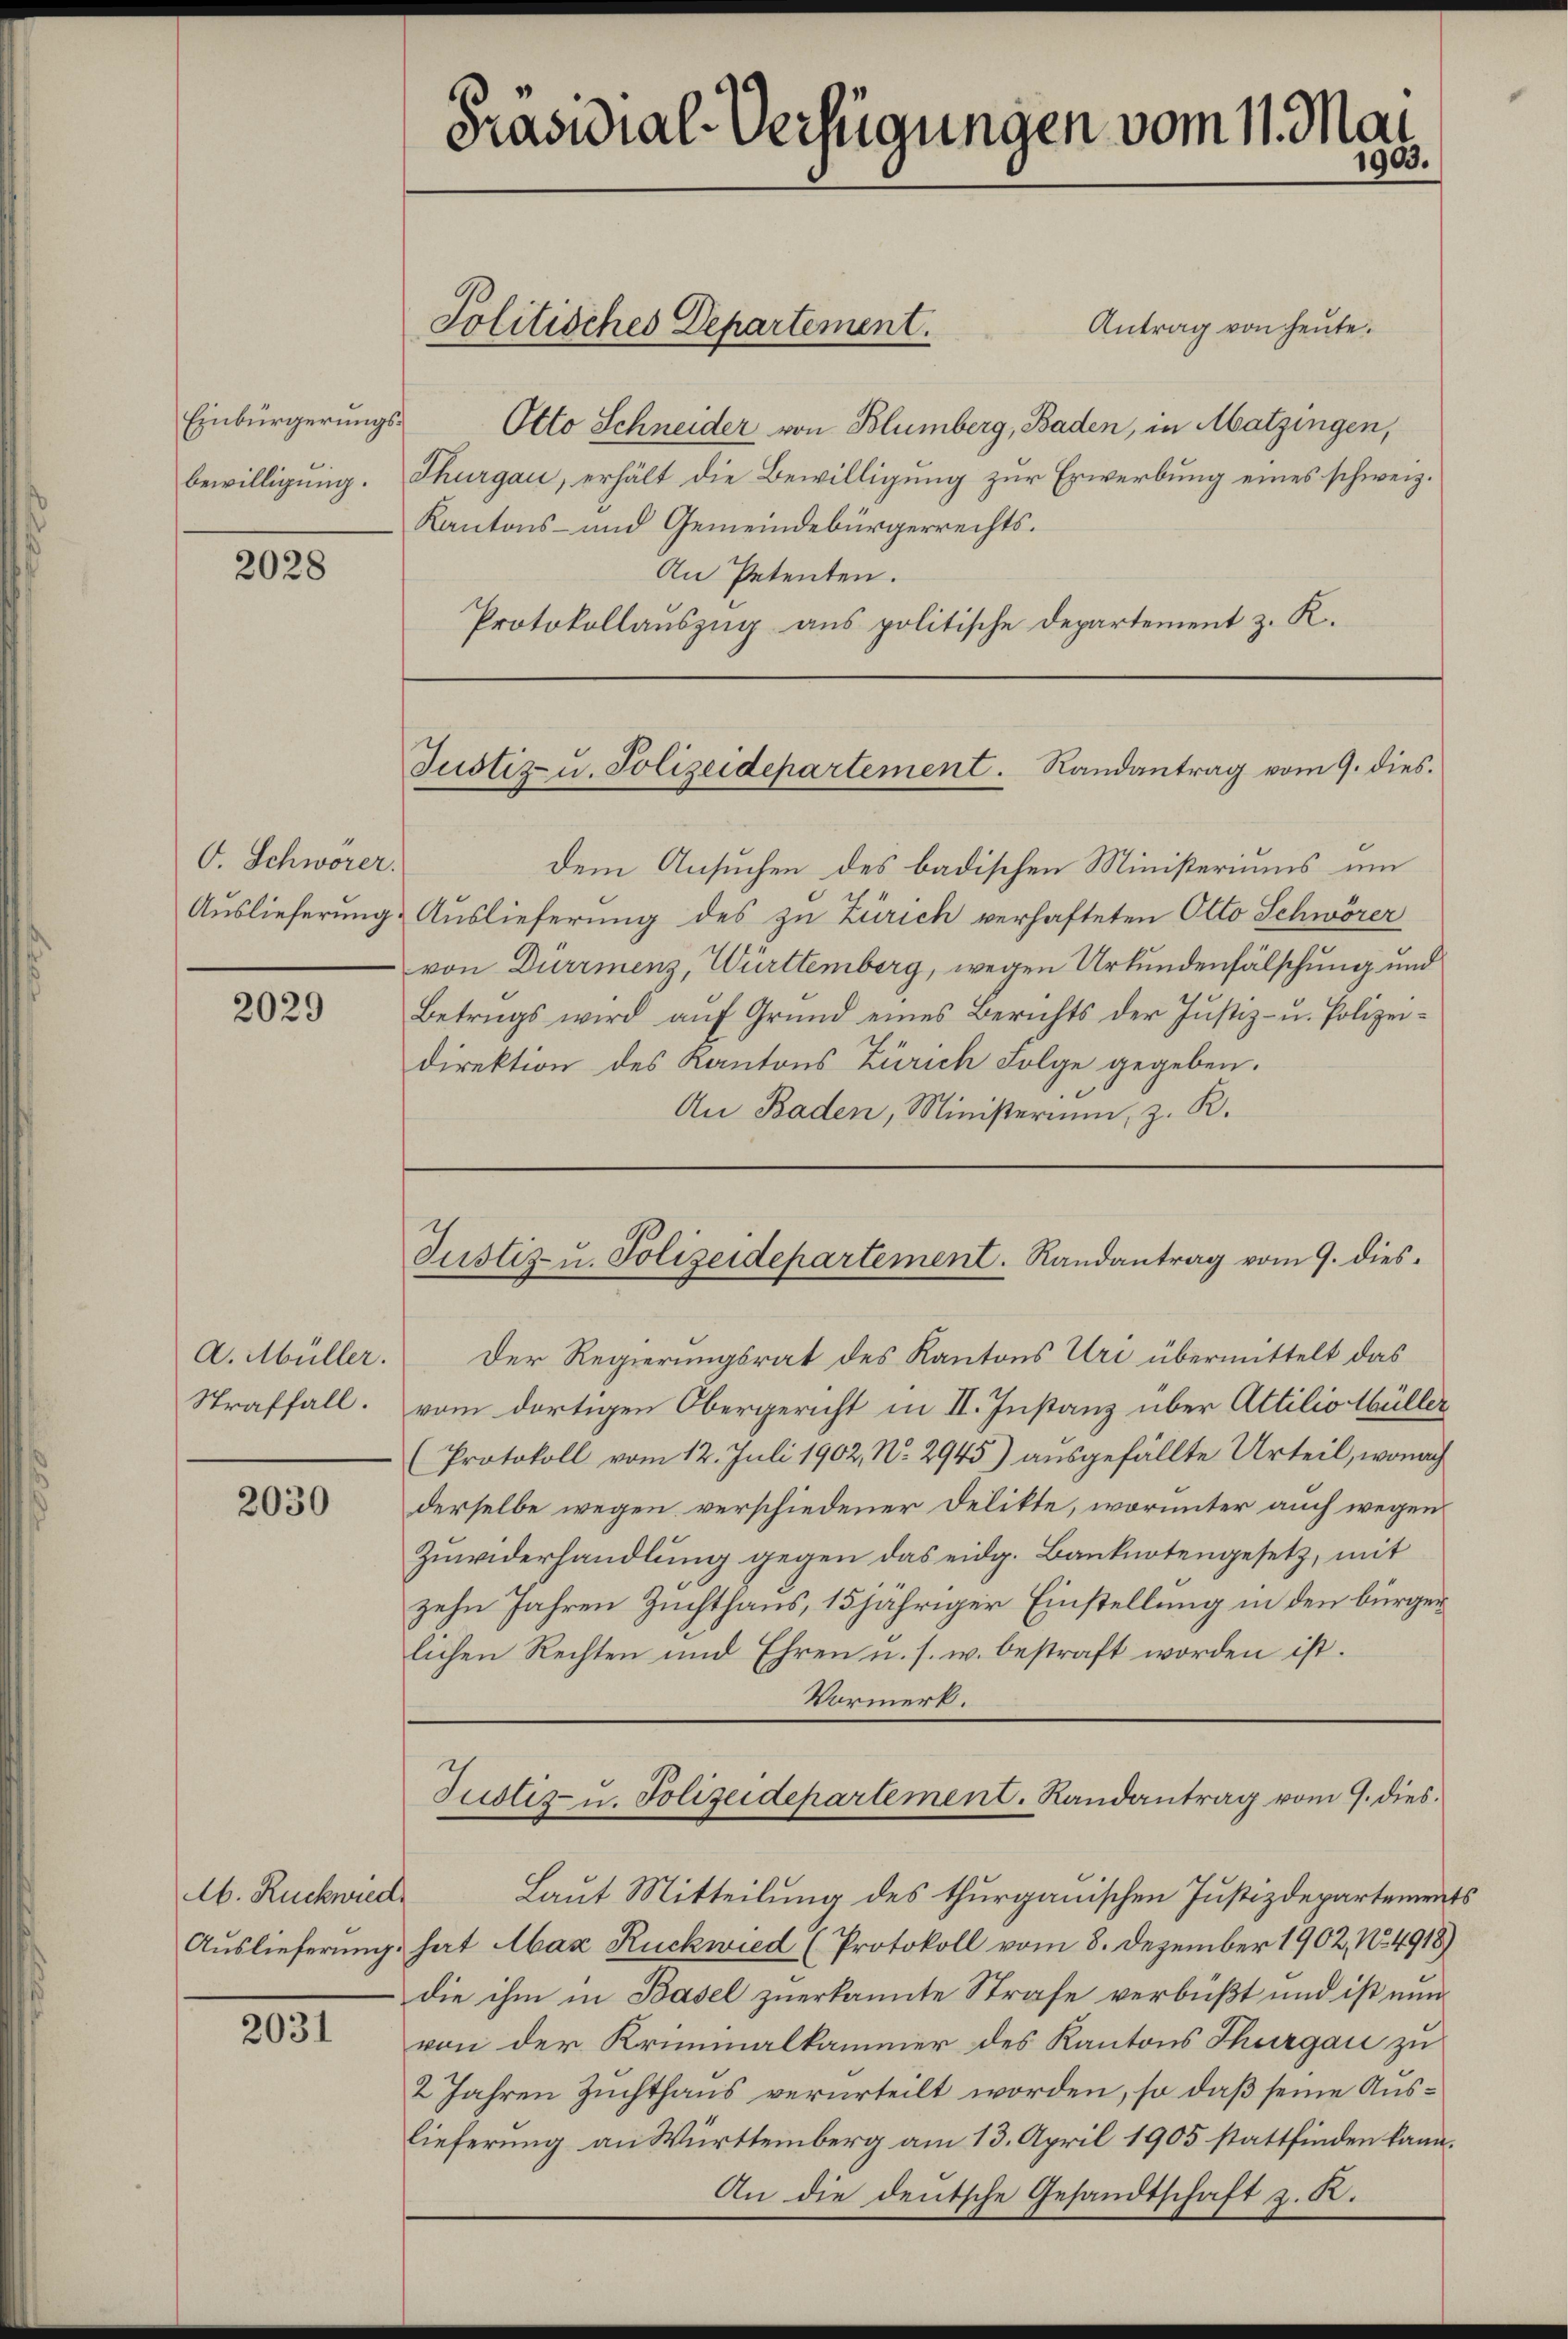
Einbürgerungs¬

2028

V. Schwörer.

2029

A. Müller.
Straffall.

2030

Ab. Rückwied

2031

Präsidial-Verfügungen vom 11. Mai
1903.

Antrag von heute.
Otto Schneider von Blümberg, Baden, in Matzingen,
bewilligung. Thurgau, erhält die Bewilligung zur Erwerbung eines schweiz.
Kantons- und Gemeindebürgerrechts¬
An Petenten.
Protokollauszug aus politische Departement z. K.

Politisches Departement.

Justiz- u. Polizeidepartement. Randantrag vom 9. dies

dem Ansuchen des badischen Ministeriums um
Auslieferung Auslieferung des zu Zürich verhafteten Otto Schwörer
von Durrienz, Württemberg, wegen Urkundenfälschung und
Betrags wird aŭf Grund eines Berichts der Justiz- u. Polizeidirektion des Kantons Zürich Folge gegeben.
An Baden, Ministerium, z. R.

Justiz- u. Polizeidepartement. Randantrag vom 9. dies¬

Der Regierungsrat des Kantons Uri übermittelt das
vom dortigen Obergericht in II. Instanz über Attilio Müller
(Protokoll vom 12. Juli 1902, No 2945) ausgefällte Urteil, wonach
derselbe wegen verschiedener Delikte, worunter auch wegen
Zuwiderhandlung gegen das eidg. Banknotengesetz, mit
zehn Jahren Zuchthaus, 15 jähriger Einstellung in den bürger
lichen Rechten und Ehren u. s. w. bestraft worden ist.
Vormerk.

Justiz- u. Polizeidepartement. Randantrag vom 9. dies

Laut Mitteilung des thurgauischen Justizdepartements
Auslieferung hat Abax Rückwied (Protokoll vom 8. Dezember 1902, No. 4918)
die ihm in Basel zuerkannte Strafe verbüßt und ist nun
von der Kriminalkammer des Kantons Thurgau zu
2 Jahren Zuchthaus verurteilt worden, so daß seine Auslieferung an Württemberg am 13. April 1905 stattfinden kann.
An die deutsche Gesandtschaft z. R.